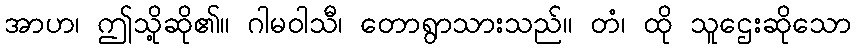
အာဟ၊ ဤသို့ဆို၏။ ဂါမဝါသီ၊ တောရွာသားသည်။ တံ၊ ထို သူဌေးဆိုသော